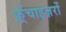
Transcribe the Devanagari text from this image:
फ़्रेंचाइज़रों